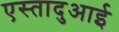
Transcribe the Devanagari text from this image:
एस्तादुआई